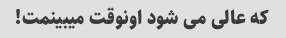
که عالی می شود اونوقت میبینمت!